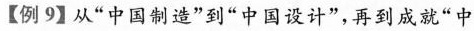
【例9】从”中国制造”到”中国设计”，再到成就”中